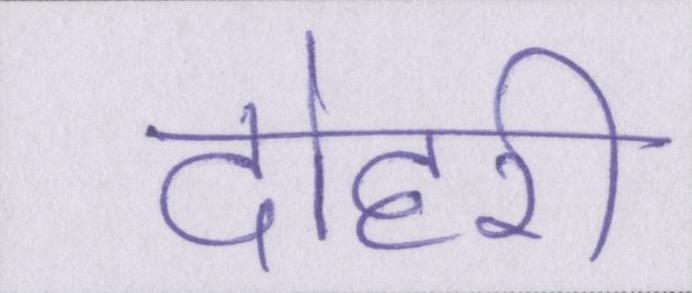
दोहरी